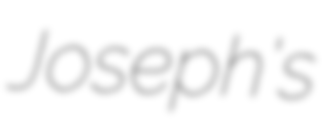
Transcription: Joseph's